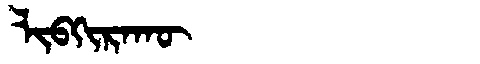
Manchu: ᠯᡳᠪᡴᡳᡵᠠᡴᡡ
Romanization: LIBKIRAKŪ